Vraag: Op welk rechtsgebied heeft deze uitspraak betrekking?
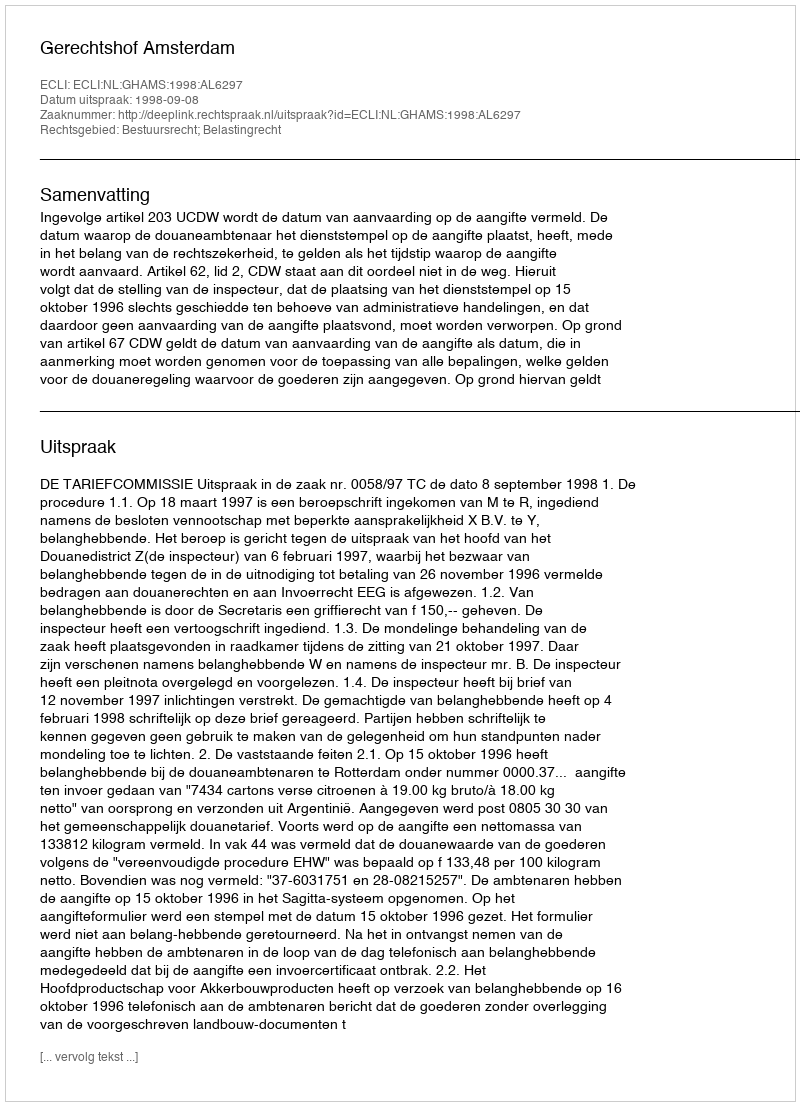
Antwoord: Bestuursrecht; Belastingrecht